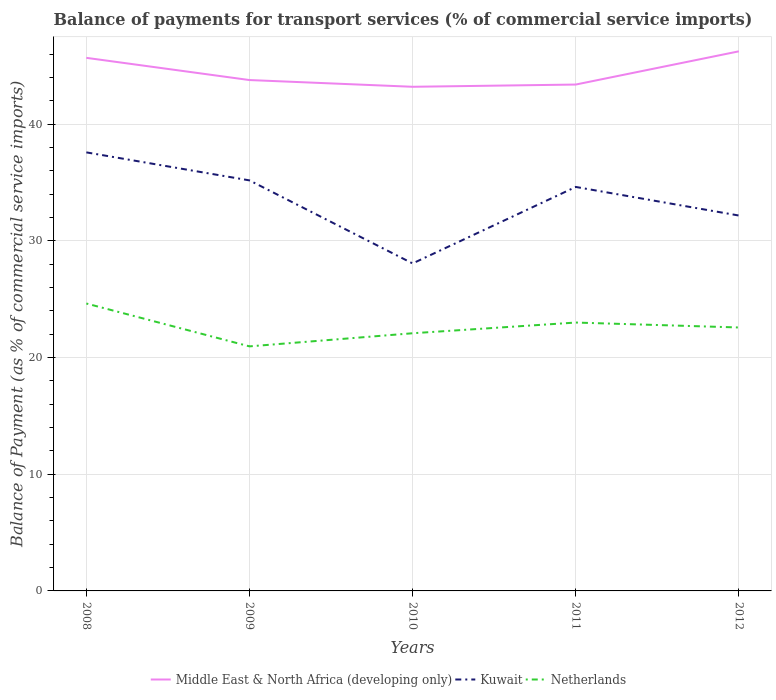
| Years | Middle East & North Africa (developing only) | Kuwait | Netherlands |
 | --- | --- | --- | --- |
 | 2008 | 45.7 | 37.6 | 24.6 |
 | 2009 | 43.8 | 35.2 | 21 |
 | 2010 | 43.2 | 28.1 | 22.1 |
 | 2011 | 43.4 | 34.6 | 23 |
 | 2012 | 46.2 | 32.2 | 22.6 |